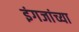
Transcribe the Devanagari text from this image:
इंगजांच्या